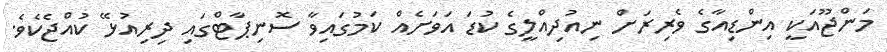
މަންޖޫއަކީ އިންޑިއާގެ ވެރިރަށް ނިއުދިއްލީގެ ކުޑަ އަވަށެއް ކަމުގައިވާ ސޮނިޕާޓްގައި ދިރިއުޅޭ ކުއްޖެކެވެ.